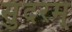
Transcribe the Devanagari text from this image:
सुंदरम्‌